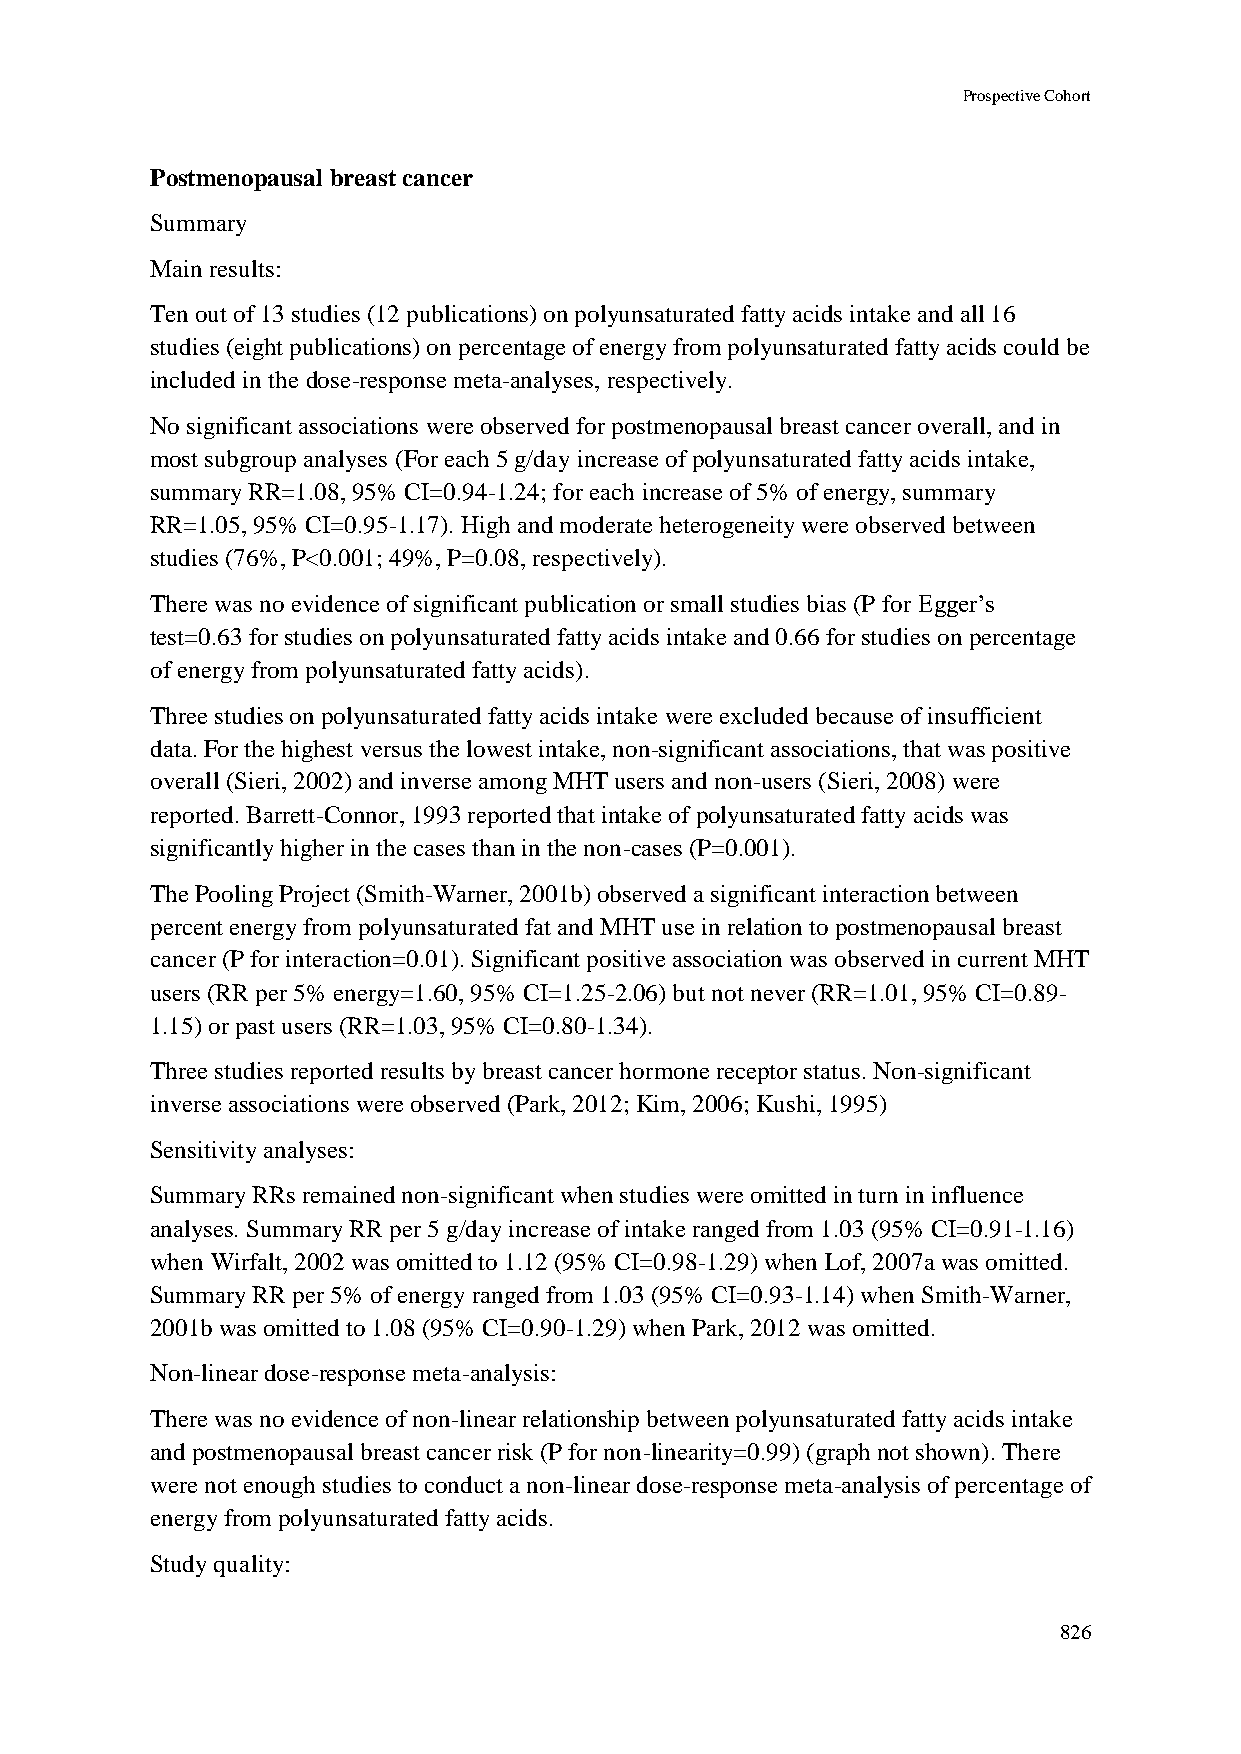
Prospective Cohort
 Postmenopausal breast cancer
 Summary
 Main results:
 Ten out of 13 studies (12 publications) on polyunsaturated fatty acids intake and all 16
 studies (eight publications) on percentage of energy from polyunsaturated fatty acids could be
 included in the dose-response meta-analyses, respectively.
 No significant associations were observed for postmenopausal breast cancer overall, and in
 most subgroup analyses (For each 5 g/day increase of polyunsaturated fatty acids intake,
 summary RR=1.08, 95% CI=0.94-1.24; for each increase of 5% of energy, summary
 RR=1.05, 95% CI=0.95-1.17). High and moderate heterogeneity were observed between
 studies (76%, P<0.001; 49%, P=0.08, respectively).
 There was no evidence of significant publication or small studies bias (P for Egger’s
 test=0.63 for studies on polyunsaturated fatty acids intake and 0.66 for studies on percentage
 of energy from polyunsaturated fatty acids).
 Three studies on polyunsaturated fatty acids intake were excluded because of insufficient
 data. For the highest versus the lowest intake, non-significant associations, that was positive
 overall (Sieri, 2002) and inverse among MHT users and non-users (Sieri, 2008) were
 reported. Barrett-Connor, 1993 reported that intake of polyunsaturated fatty acids was
 significantly higher in the cases than in the non-cases (P=0.001).
 The Pooling Project (Smith-Warner, 2001b) observed a significant interaction between
 percent energy from polyunsaturated fat and MHT use in relation to postmenopausal breast
 cancer (P for interaction=0.01). Significant positive association was observed in current MHT
 users (RR per 5% energy=1.60, 95% CI=1.25-2.06) but not never (RR=1.01, 95% CI=0.89-
 1.15) or past users (RR=1.03, 95% CI=0.80-1.34).
 Three studies reported results by breast cancer hormone receptor status. Non-significant
 inverse associations were observed (Park, 2012; Kim, 2006; Kushi, 1995)
 Sensitivity analyses:
 Summary RRs remained non-significant when studies were omitted in turn in influence
 analyses. Summary RR per 5 g/day increase of intake ranged from 1.03 (95% CI=0.91-1.16)
 when Wirfalt, 2002 was omitted to 1.12 (95% CI=0.98-1.29) when Lof, 2007a was omitted.
 Summary RR per 5% of energy ranged from 1.03 (95% CI=0.93-1.14) when Smith-Warner,
 2001b was omitted to 1.08 (95% CI=0.90-1.29) when Park, 2012 was omitted.
 Non-linear dose-response meta-analysis:
 There was no evidence of non-linear relationship between polyunsaturated fatty acids intake
 and postmenopausal breast cancer risk (P for non-linearity=0.99) (graph not shown). There
 were not enough studies to conduct a non-linear dose-response meta-analysis of percentage of
 energy from polyunsaturated fatty acids.
 Study quality:
 826